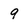
Character: 9